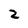
Character: 2